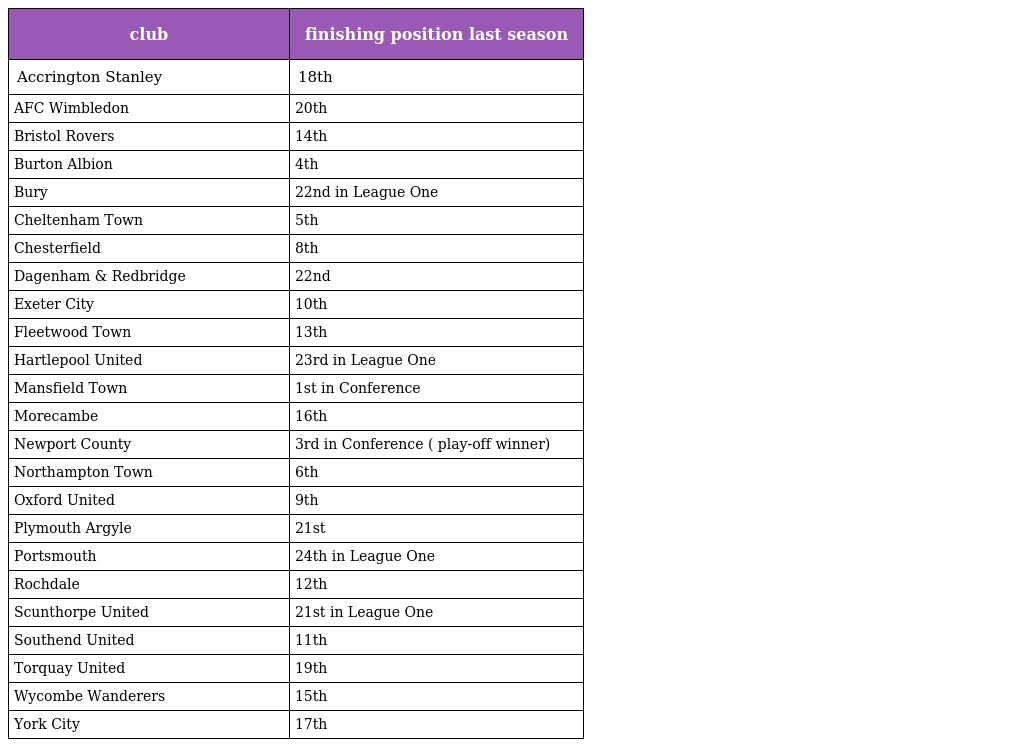
| club | finishing position last season |
 | --- | --- |
 | Accrington Stanley | 18th |
 | AFC Wimbledon | 20th |
 | Bristol Rovers | 14th |
 | Burton Albion | 4th |
 | Bury | 22nd in League One |
 | Cheltenham Town | 5th |
 | Chesterfield | 8th |
 | Dagenham & Redbridge | 22nd |
 | Exeter City | 10th |
 | Fleetwood Town | 13th |
 | Hartlepool United | 23rd in League One |
 | Mansfield Town | 1st in Conference |
 | Morecambe | 16th |
 | Newport County | 3rd in Conference ( play-off winner) |
 | Northampton Town | 6th |
 | Oxford United | 9th |
 | Plymouth Argyle | 21st |
 | Portsmouth | 24th in League One |
 | Rochdale | 12th |
 | Scunthorpe United | 21st in League One |
 | Southend United | 11th |
 | Torquay United | 19th |
 | Wycombe Wanderers | 15th |
 | York City | 17th |